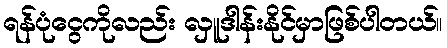
ရန်ပုံငွေကိုလည်း လှူဒါန်းနိုင်မှာဖြစ်ပါတယ်။